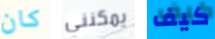
كان يمكنني كيف